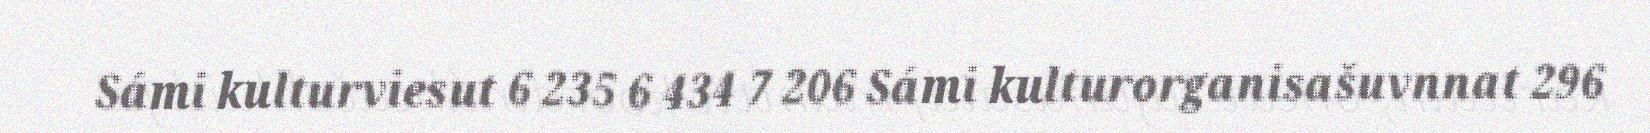
Sámi kulturviesut 6 235 6 434 7 206 Sámi kulturorganisašuvnnat 296